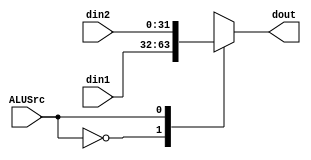
module Select_ALUSrc_module(din1, din2, dout, ALUSrc);
    input [31:0]din1, din2;
    input ALUSrc;
    output [31:0]dout;
    reg [31:0]dout;
    always @ (*)
    case(ALUSrc)
    1'b0: dout = din1;
    1'b1: dout = din2;
    endcase
endmodule